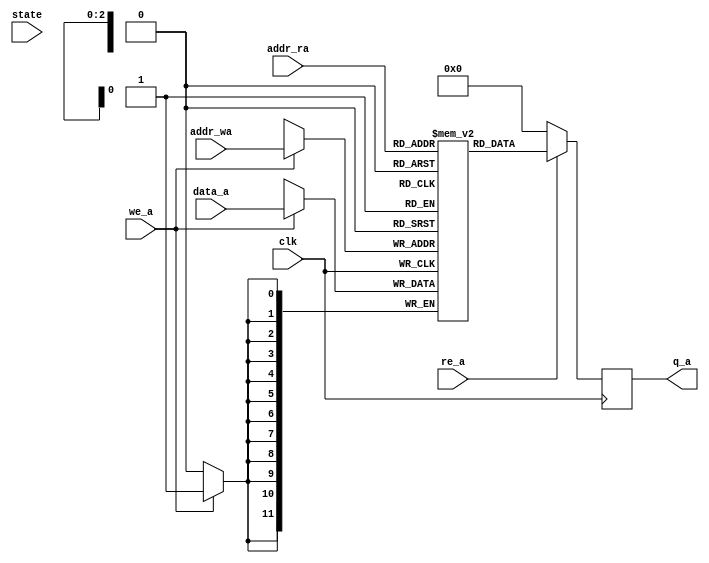
// Verilog HDL True Dual-Port RAM with Single Clock by Intel
// https://www.intel.com/content/www/us/en/support/programmable/support-resources/design-examples/horizontal/ver-true-dual-port-ram-sclk.html
// Utilizado y modificado con fines educativos

module true_dpram_sclk
(
	input [11:0] data_a,
	input [2:0] addr_wa, addr_ra,
	input we_a, re_a, clk,
	input [3:0] state,
	output reg [11:0] q_a
);
	// Declare the RAM variable
	reg [11:0] ram[7:0];
	
	always @ (posedge clk)
	begin
		if (we_a) 
			begin
				ram[addr_wa] <= data_a;
			end
		if (re_a) 
			begin
				q_a <= ram[addr_ra];
			end
		else
			begin
				q_a <= 10'b0;
			end
	end

endmodule